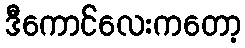
ဒီကောင်လေးကတော့